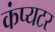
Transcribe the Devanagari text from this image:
कंप्यटर